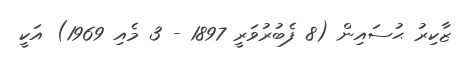
ޒާކިރު ޙުސައިން (8 ފެބުރުވަރީ 1897 - 3 މެއި 1969) އަކީ